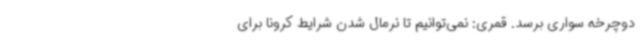
دوچرخه سواری برسد. قمری: نمی‌توانیم تا نرمال شدن شرایط کرونا برای